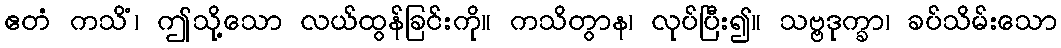
ဧတံ ကသိံ၊ ဤသို့သော လယ်ထွန်ခြင်းကို။ ကသိတွာန၊ လုပ်ပြီး၍။ သဗ္ဗဒုက္ခာ၊ ခပ်သိမ်းသော